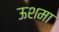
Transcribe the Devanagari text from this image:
ऊशमा